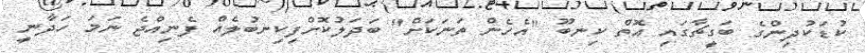
ކުޑަކުދިންގެ ބަގީޗާގައި އޮތް ކިނބޫ "އެހެން ތަނަކަށް" ބަދަލުކޮށްފިކިނބުލެއް ފެނިއްޖެ ނަމަ ހަދާނީ